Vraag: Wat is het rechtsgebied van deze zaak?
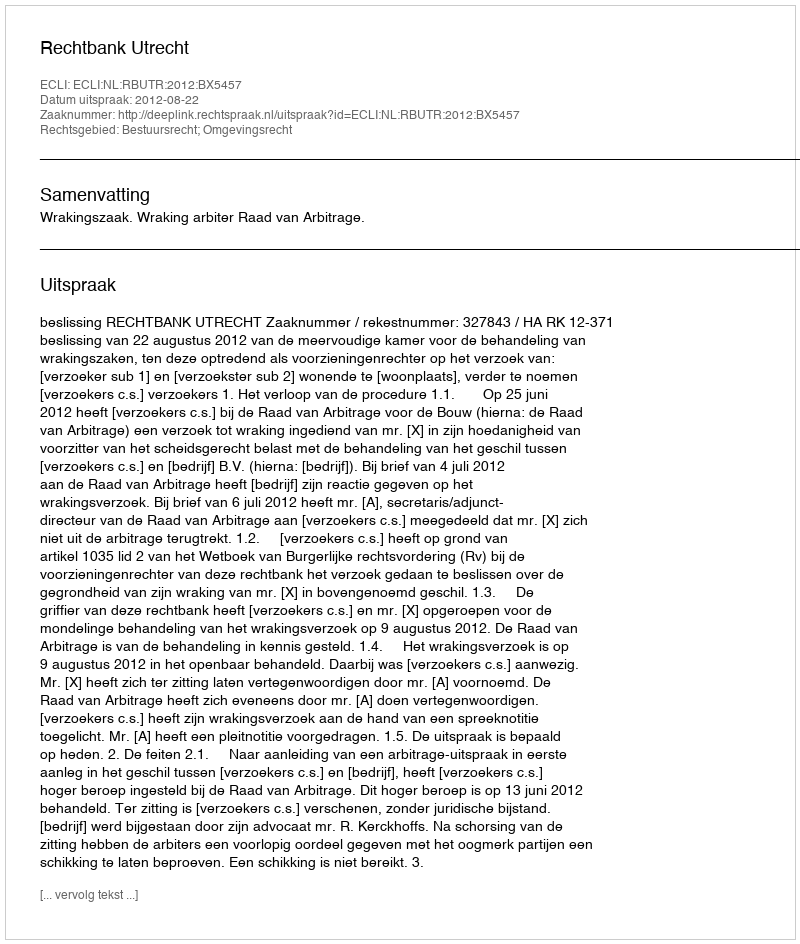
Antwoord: Bestuursrecht; Omgevingsrecht